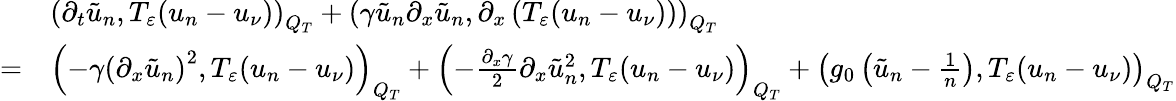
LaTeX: \begin{array}{rl}&{\left(\partial_{t}\tilde{u}_{n},T_{\varepsilon}(u_{n}-u_{\nu})\right)_{Q_{T}}+\left(\gamma\tilde{u}_{n}\partial_{x}\tilde{u}_{n},\partial_{x}\left(T_{\varepsilon}(u_{n}-u_{\nu})\right)\right)_{Q_{T}}}\\ {=}&{\left(-\gamma\left(\partial_{x}\tilde{u}_{n}\right)^{2},T_{\varepsilon}(u_{n}-u_{\nu})\right)_{Q_{T}}+\left(-\frac{\partial_{x}\gamma}{2}\partial_{x}\tilde{u}_{n}^{2},T_{\varepsilon}(u_{n}-u_{\nu})\right)_{Q_{T}}+\left(g_{0}\left(\tilde{u}_{n}-\frac{1}{n}\right),T_{\varepsilon}(u_{n}-u_{\nu})\right)_{Q_{T}}}\end{array}